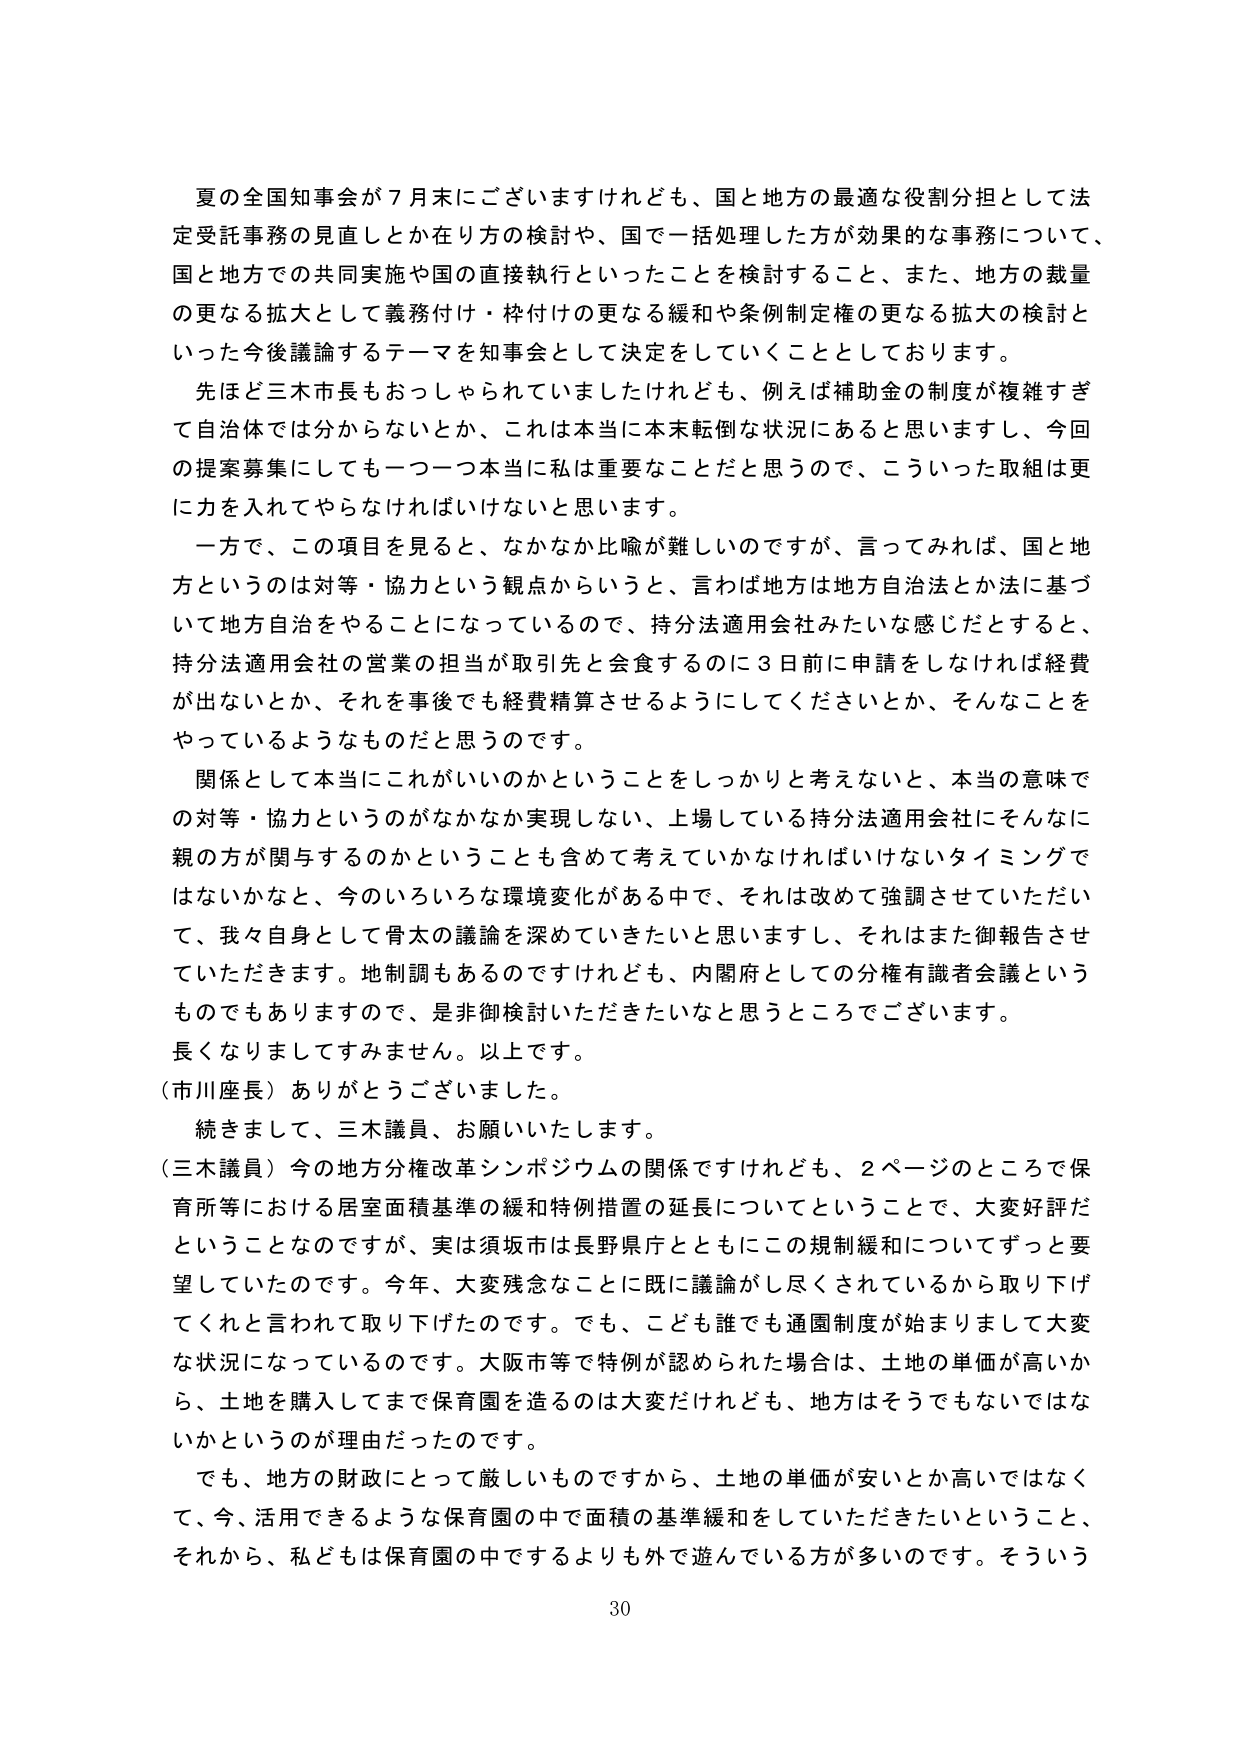
夏の全国知事会が７月末にございますけれども、国と地方の最適な役割分担として法定受託事務の見直しとか在り方の検討や、国で一括処理した方が効果的な事務について、国と地方での共同実施や国の直接執行といったことを検討すること、また、地方の裁量の更なる拡大として義務付け・枠付けの更なる緩和や条例制定権の更なる拡大の検討といった今後議論するテーマを知事会として決定をしていくこととしております。

先ほど三木市長もおっしゃられていましたけれども、例えば補助金の制度が複雑すぎて自治体では分からないとか、これは本当に本末転倒な状況にあると思いますし、今回の提案募集にしても一つ一つ本当に私は重要なことだと思うので、こういった取組は更に力を入れてやらなければいけないと思います。

一方で、この項目を見ると、なかなか比喩が難しいのですが、言ってみれば、国と地方というのは対等・協力という観点からいうと、言わば地方は地方自治法とか法に基づいて地方自治をやることになっているので、持分法適用会社みたいな感じだとすると、持分法適用会社の営業の担当が取引先と会食するのに３日前に申請をしなければ経費が出ないとか、それを事後でも経費精算させるようにしてくださいとか、そんなことをやっているようなものだと思うのです。

関係として本当にこれがいいのかということをしっかりと考えないと、本当の意味での対等・協力というのがなかなか実現しない、上場している持分法適用会社にそんなに親の方が関与するのかということも含めて考えていかなければならないタイミングではないかなと、今のいろいろな環境変化がある中で、それは改めて強調させていただいて、我々自身として骨太の議論を深めていきたいと思いますし、それはまた御報告させていただきます。地制調もあるのですけれども、内閣府としての分権有識者会議というものでもありますので、是非御検討いただきたいなと思うところでございます。

長くなりましてすみません。以上です。

（市川座長）ありがとうございました。

続きまして、三木議員、お願いいたします。

（三木議員）今の地方分権改革シンポジウムの関係ですけれども、２ページのところで保育所等における居室面積基準の緩和特例措置の延長についてということで、大変好評だということなのですが、実は須坂市は長野県庁とともにこの規制緩和についてずっと要望していたのです。今年、大変残念なことに既に議論がし尽くされているから取り下げてくれと言われて取り下げたのです。でも、こども誰でも通園制度が始まりまして大変な状況になっているのです。大阪市等で特例が認められた場合は、土地の単価が高いから、土地を購入してまで保育園を造るのは大変だけれども、地方はそうでもないではないかというのが理由だったのです。

でも、地方の財政にとって厳しいものですから、土地の単価が安いとか高いではなくて、今、活用できるような保育園の中で面積の基準緩和をしていただきたいということ、それから、私どもは保育園の中でするよりも外で遊んでいる方が多いのです。そういう

30